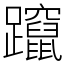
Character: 躥